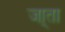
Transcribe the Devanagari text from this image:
जा्ता